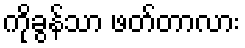
ကိုခွန်သာ ဖတ်တာလား